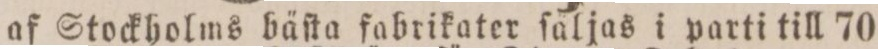
af Stockholms bäſta fabrikater ſaljas i parti till 70